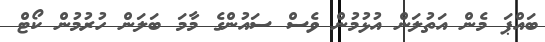
ބައްޕަ މެން އަތުލަން އުޅުމުން ވެސް ސައުންގެ މާމަ ބަލަން ހުރުމުން ކޯޓް